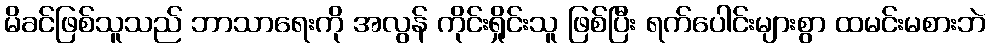
မိခင်ဖြစ်သူသည် ဘာသာရေးကို အလွန် ကိုင်းရှိုင်းသူ ဖြစ်ပြီး ရက်ပေါင်းများစွာ ထမင်းမစားဘဲ